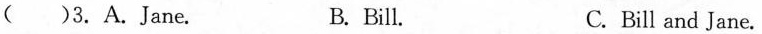
()3. A.Jane. B. Bill. C. Bill and Jane.